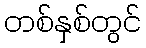
တစ်နှစ်တွင်